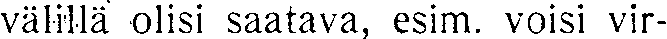
välillä olisi saatava, esim. voisi vir-